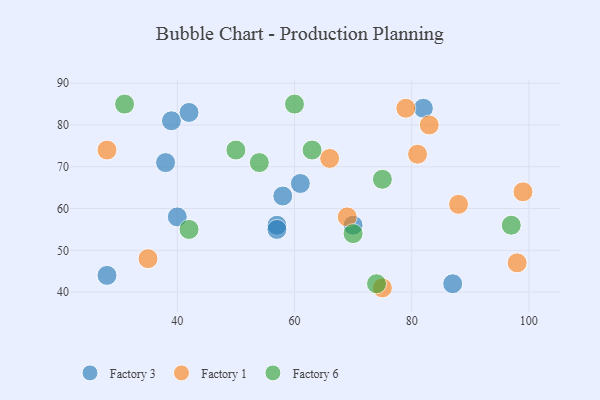
{"axis": {"x": "GDP", "y": "Life Expectancy"}, "legend": ["Factory 1", "Factory 3", "Factory 6"], "data": [{"x": "28", "y": 44, "type": "Factory 3"}, {"x": "58", "y": 63, "type": "Factory 3"}, {"x": "38", "y": 71, "type": "Factory 3"}, {"x": "70", "y": 56, "type": "Factory 3"}, {"x": "39", "y": 81, "type": "Factory 3"}, {"x": "82", "y": 84, "type": "Factory 3"}, {"x": "40", "y": 58, "type": "Factory 3"}, {"x": "42", "y": 83, "type": "Factory 3"}, {"x": "57", "y": 56, "type": "Factory 3"}, {"x": "61", "y": 66, "type": "Factory 3"}, {"x": "57", "y": 55, "type": "Factory 3"}, {"x": "87", "y": 42, "type": "Factory 3"}, {"x": "99", "y": 64, "type": "Factory 1"}, {"x": "79", "y": 84, "type": "Factory 1"}, {"x": "75", "y": 41, "type": "Factory 1"}, {"x": "69", "y": 58, "type": "Factory 1"}, {"x": "28", "y": 74, "type": "Factory 1"}, {"x": "35", "y": 48, "type": "Factory 1"}, {"x": "81", "y": 73, "type": "Factory 1"}, {"x": "83", "y": 80, "type": "Factory 1"}, {"x": "66", "y": 72, "type": "Factory 1"}, {"x": "98", "y": 47, "type": "Factory 1"}, {"x": "88", "y": 61, "type": "Factory 1"}, {"x": "54", "y": 71, "type": "Factory 6"}, {"x": "42", "y": 55, "type": "Factory 6"}, {"x": "97", "y": 56, "type": "Factory 6"}, {"x": "74", "y": 42, "type": "Factory 6"}, {"x": "60", "y": 85, "type": "Factory 6"}, {"x": "50", "y": 74, "type": "Factory 6"}, {"x": "63", "y": 74, "type": "Factory 6"}, {"x": "31", "y": 85, "type": "Factory 6"}, {"x": "75", "y": 67, "type": "Factory 6"}, {"x": "70", "y": 54, "type": "Factory 6"}]}